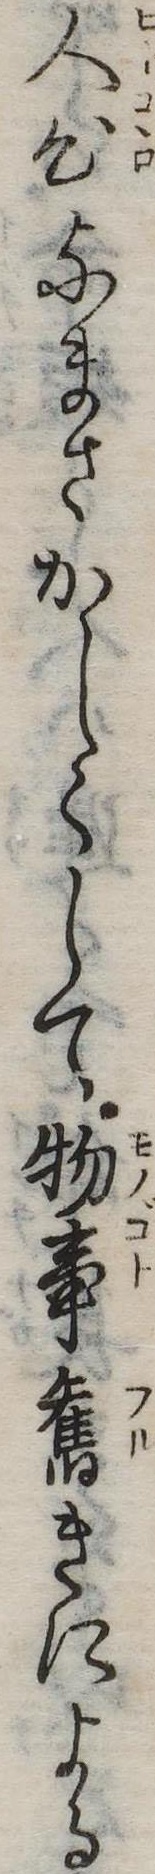
人心なまさかしくして物事旧きによる